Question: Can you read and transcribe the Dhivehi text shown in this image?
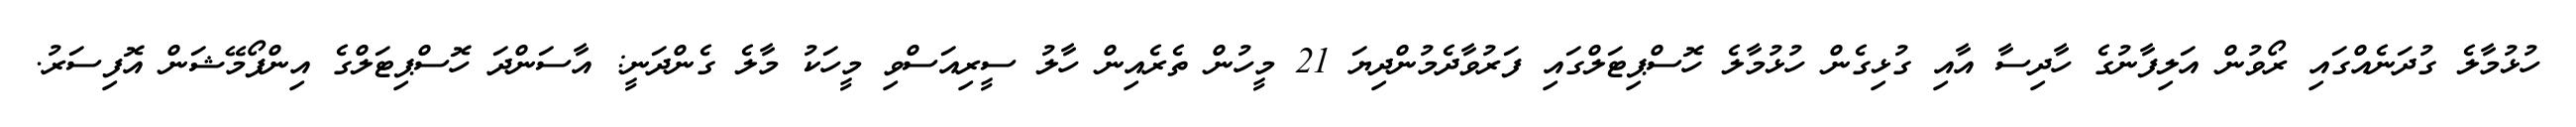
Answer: ހުޅުމާލެ ގުދަނެއްގައި ރޯވުން އަލިފާނުގެ ހާދިސާ އާއި ގުޅިގެން ހުޅުމާލެ ހޮސްޕިޓަލްގައި ފަރުވާދެމުންދިޔަ 21 މީހުން ތެރެއިން ހާލު ސީރިއަސްވި މީހަކު މާލެ ގެންދަނީ: އާސަންދަ ހޮސްޕިޓަލްގެ އިންފޯމޭޝަން އޮފިސަރު.